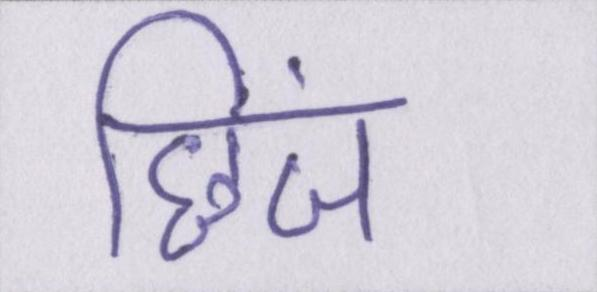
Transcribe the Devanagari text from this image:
छिंज